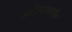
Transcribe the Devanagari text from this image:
संगीतनाटकांतील